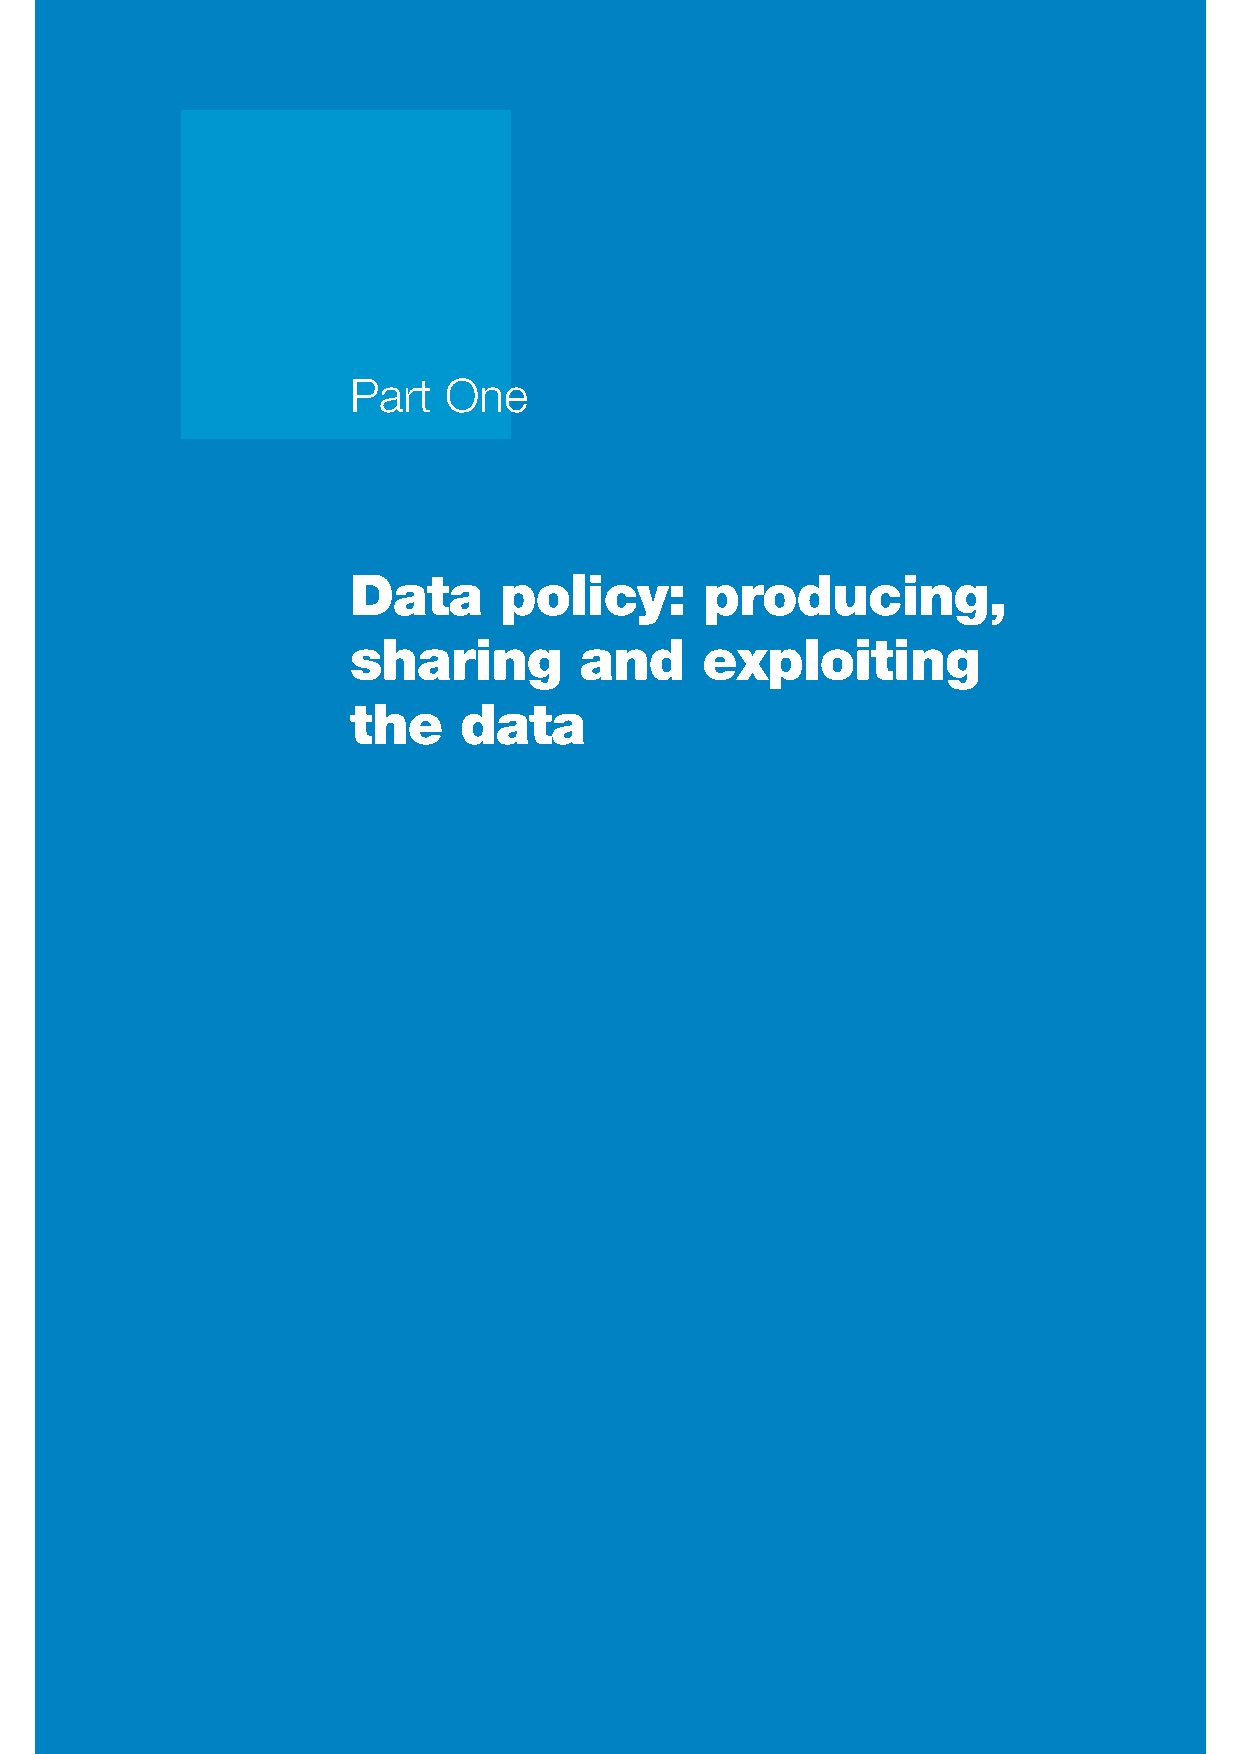
Part  One
 Data      policy:       producing,
 sharing        and     exploiting
 the    data
 REPORT OF THE CHIEF DATA OFFICER